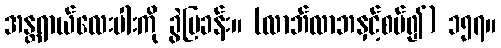
အန္တရာယ်လေးပါးကို ခွဲပြခန်း။ (လာဘ်လာဘနှင့်စပ်၍) ၁၅၇။